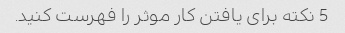
5 نکته برای یافتن کار موثر را فهرست کنید.